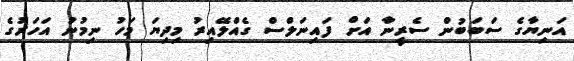
އަނިޔާގެ ސަބަބުން ސެރީނާ އަށް ފައިނަލްސް ގެއްލޭއިރު މިދިޔަ މަހު ނިމުނު އަހަރުގެ